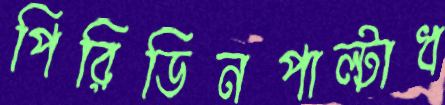
পিরিডিনপাল্টাধ